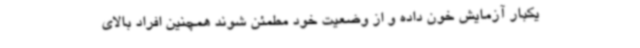
یکبار آزمایش خون داده و از وضعیت خود مطمئن شوند همچنین افراد بالای